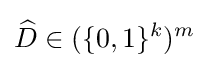
{\widehat {D}}\in (\{0,1\}^{k})^{m}\,\!